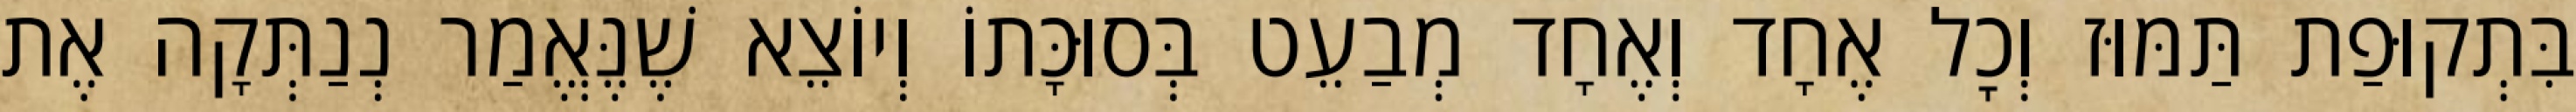
בִּתְקוּפַת תַּמּוּז וְכׇל אֶחָד וְאֶחָד מְבַעֵט בְּסוּכָּתוֹ וְיוֹצֵא שֶׁנֶּאֱמַר נְנַתְּקָה אֶת